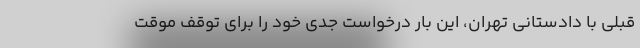
قبلی با دادستانی تهران، این بار درخواست جدی خود را برای توقف موقت